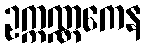
ဥက္ကဏ္ဏကေန